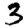
Digit: 3